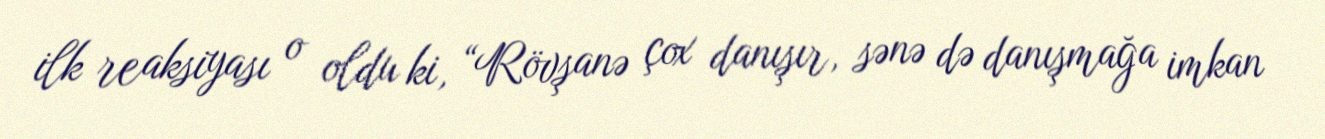
ilk reaksiyası o oldu ki, “Rövşanə çox danışır, sənə də danışmağa imkan